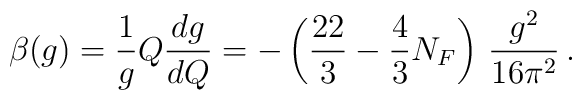
\beta(g) = \frac{1}{g} Q \frac{dg}{dQ}  = -\left(       \frac{22}{3} - \frac{4}{3} N_F     \right)\, \frac{g^2}{16\pi^2}\, .